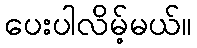
ပေးပါလိမ့်မယ်။